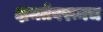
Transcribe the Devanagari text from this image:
क्षमतेवरूनच